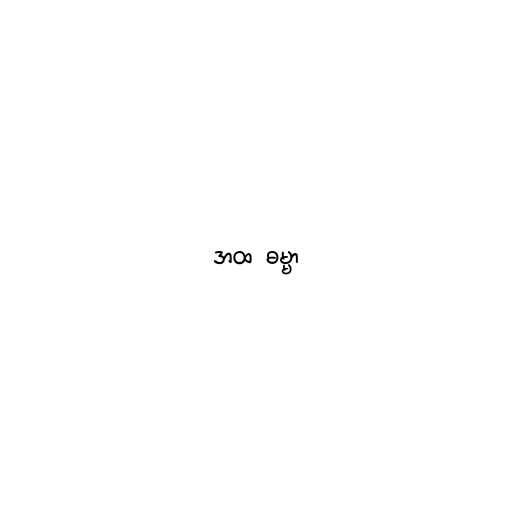
အထ  ဓမ္မာ